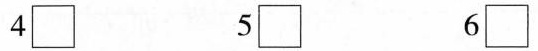
4\Box 5\Box 6\Box